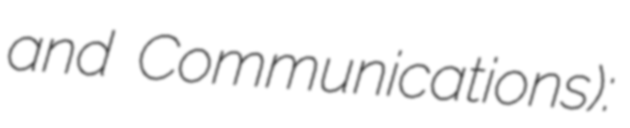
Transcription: and Communications):